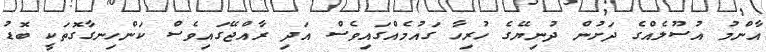
އާންމު އުސޫލެއްގެ ދަށުން ދުނިޔޭގެ ހުރިހާ ގައުމެއްގައިވެސް އަދި ރާއްޖޭގައިވެސް ކަންހިނގާގޮތަކީ ބޮޑު